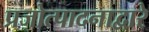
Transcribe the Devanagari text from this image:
प्रजोत्पादनाद्वारे